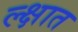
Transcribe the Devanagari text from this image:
ल्क्षात